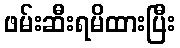
ဖမ်းဆီးရမိထားပြီး